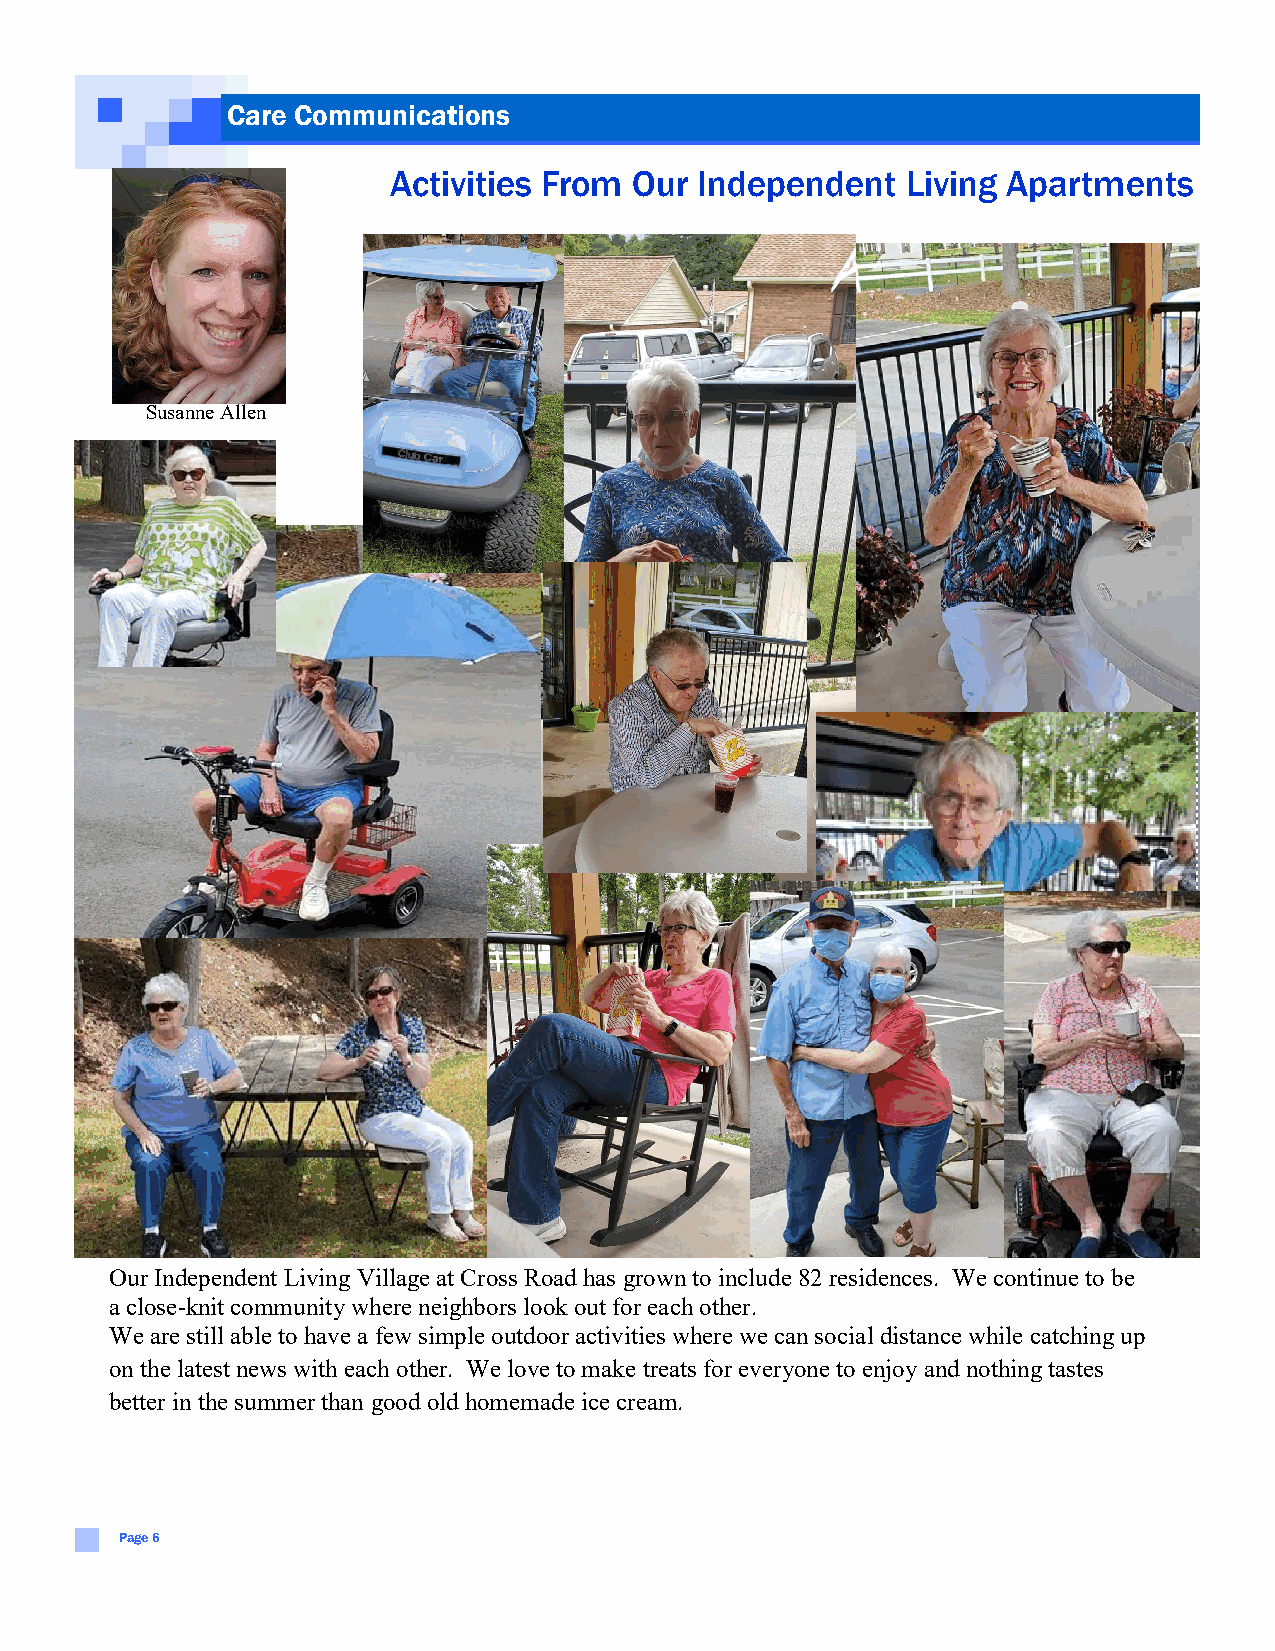
Care Communications
 Activities From Our Independent   Living Apartments
 Susanne Allen
 Our Independent Living Village at Cross Road has grown to include 82 residences. We continue to be
 a close-knit community where neighbors look out for each other.
 We are still able to have a few simple outdoor activities where we can social distance while catching up
 on the latest news with each other. We love to make treats for everyone to enjoy and nothing tastes
 better in the summer than good old homemade ice cream.
 Page 6